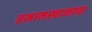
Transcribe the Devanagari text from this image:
इमामखानाचा